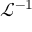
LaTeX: \displaystyle { \mathcal { L } } ^ { - 1 }